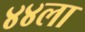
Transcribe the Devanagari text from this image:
४४ला